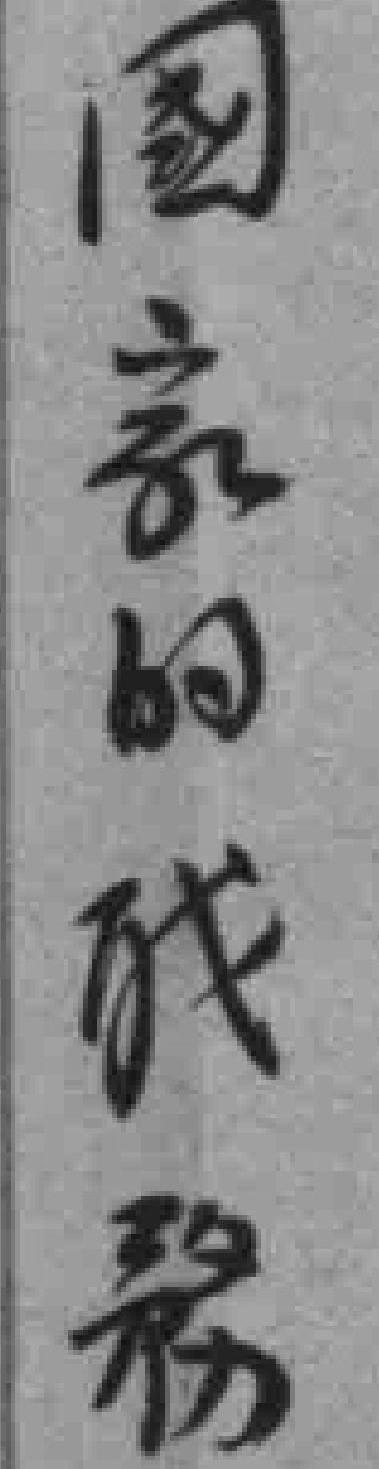
国家的*務